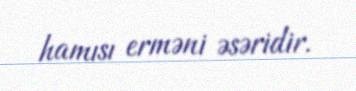
hamısı erməni əsəridir.